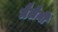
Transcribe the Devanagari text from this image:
मैलेनी